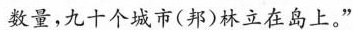
数量，九十个城市(邦)林立在岛上。”